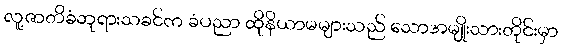
လူ့ဇာတိခံဘုရားသခင်က ခံပညာ ထိုနိယာမများသည် သောအမျိုးသားတိုင်းမှာ